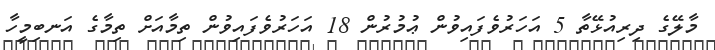
މާލޭގެ ދިރިއުޅޭތާ 5 އަހަރުވެފައިވުން ޢުމުރުން 18 އަހަރުވެފައިވުން ތިމާއަށް ތިމާގެ އަނބިމީހާ